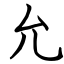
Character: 允